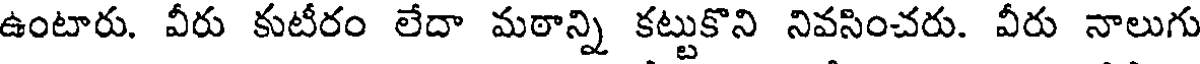
ఉంటారు. వీరు కుటీరం లేదా మఠాన్ని కట్టుకొని నివసించరు. వీరు నాలుగు